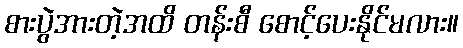
စားပွဲအားတဲ့အထိ တန်းစီ စောင့်ပေးနိုင်မလား။